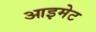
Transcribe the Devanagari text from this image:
आइमेट